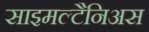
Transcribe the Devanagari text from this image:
साइमल्टैनिअस